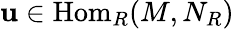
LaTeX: \mathbf{u}\in{\mathrm{{Hom}}}_{R}(M,N_{R})